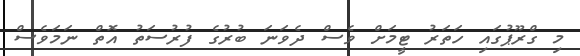
މި ގްރޫޕުގައި ހަތަރު ޓީމަށް ވެސް ދެވަނަ ބުރުގެ ފުރުސަތު އޮތް ނަމަވެސް